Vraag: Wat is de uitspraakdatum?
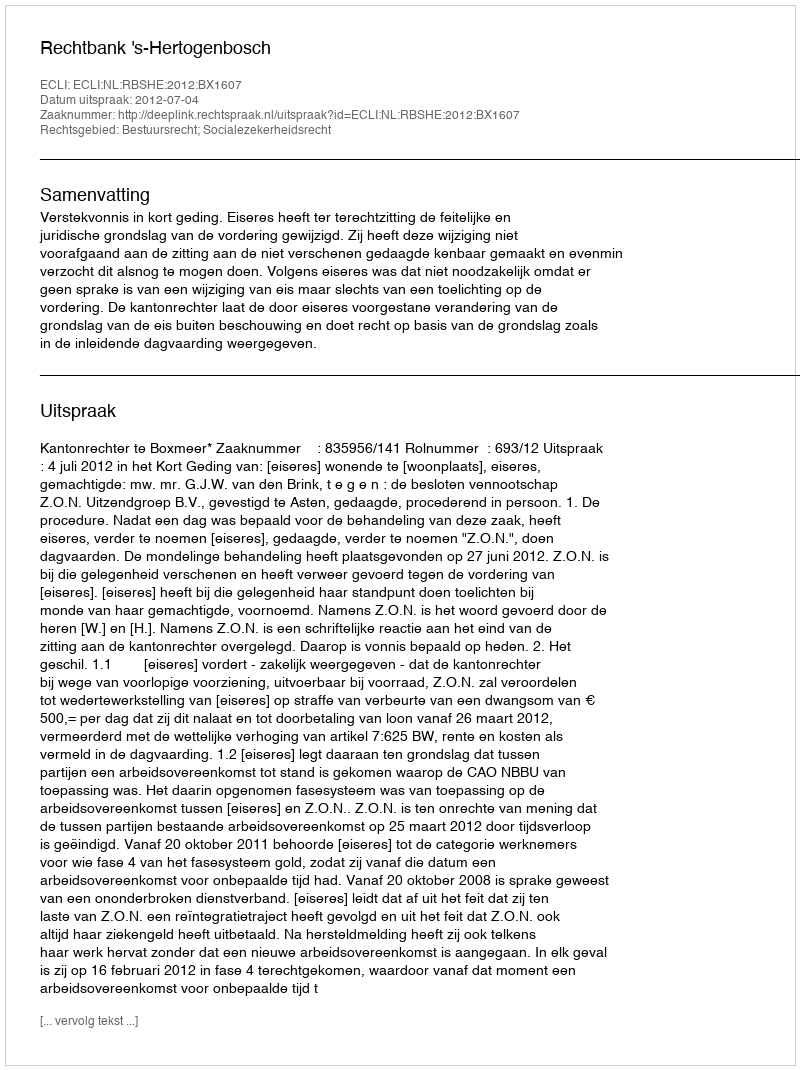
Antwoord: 2012-07-04